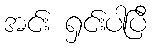
အင်း ရှင်းပါပြီ